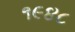
૧૯૪૮